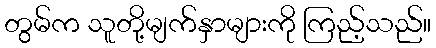
တွမ်က သူတို့မျက်နှာများကို ကြည့်သည်။